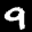
Label: 9